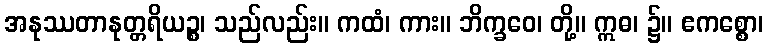
အနုဿတာနုတ္တရိယဉ္စ၊ သည်လည်း။ ကထံ၊ ကား။ ဘိက္ခဝေ၊ တို့။ ဣဓ၊ ၌။ ဧကစ္စော၊